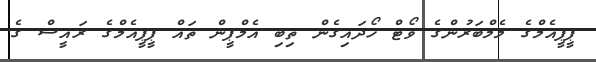
ޕީޕީއެމްގެ މެމްބަރުންގެ ވޯޓް ހޯދައިގެން ތިބި އެމްޕީން ތައް ޕީޕީއެމްގެ ރައީސް ގެ